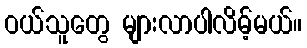
ဝယ်သူတွေ များလာပါလိမ့်မယ်။